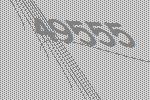
49555